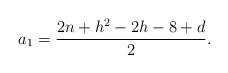
LaTeX: \begin{align*}a_1=\frac{2n+h^2-2h-8+d}{2}.\end{align*}